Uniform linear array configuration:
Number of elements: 8
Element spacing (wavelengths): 1
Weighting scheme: kaiser
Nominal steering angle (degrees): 30
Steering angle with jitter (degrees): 31.873
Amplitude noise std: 0.05
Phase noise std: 0.05

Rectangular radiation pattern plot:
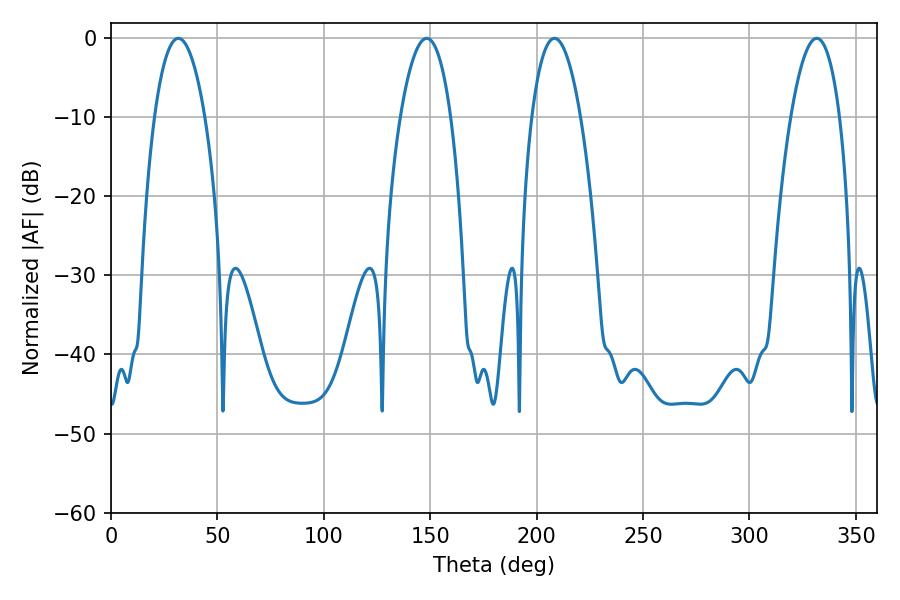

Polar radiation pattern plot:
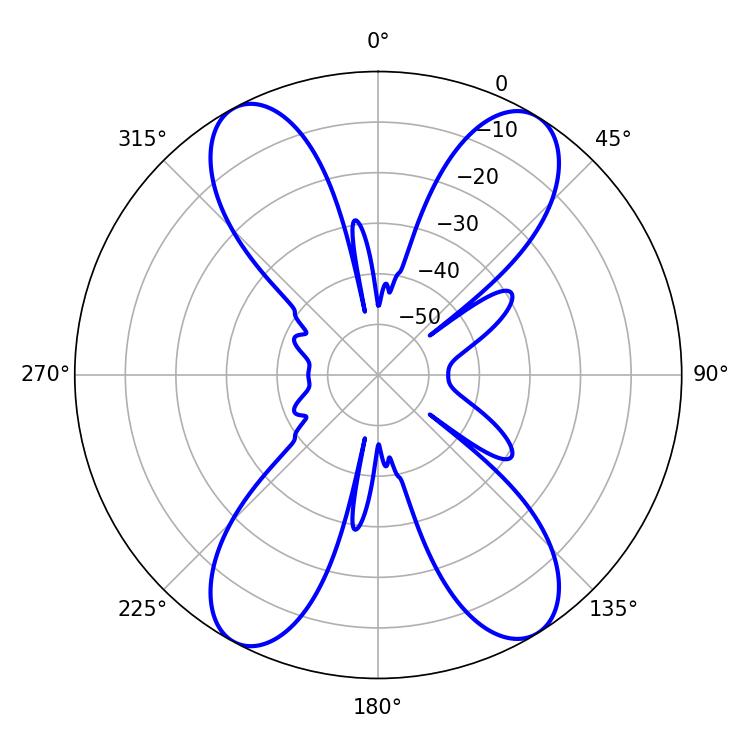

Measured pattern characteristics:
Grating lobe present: TRUE
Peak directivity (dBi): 18.139
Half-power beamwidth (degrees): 13.32
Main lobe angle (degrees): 31.68